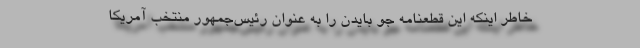
خاطر اینکه این قطعنامه جو بایدن را به عنوان رئیس‌جمهور منتخب آمریکا